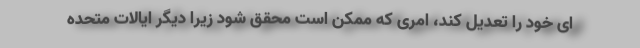
ای خود را تعدیل کند، امری که ممکن است محقق شود زیرا دیگر ایالات متحده